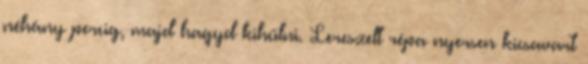
néhány percig, majd hagyd kihűlni. Lereszelt répa nyersen kicsavart